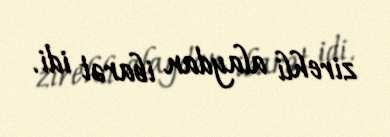
zirehli alaydan ibarət idi.